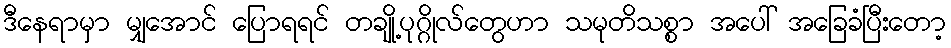
ဒီနေရာမှာ မျှအောင် ပြောရရင် တချို့ပုဂ္ဂိုလ်တွေဟာ သမုတိသစ္စာ အပေါ် အခြေခံပြီးတော့